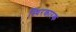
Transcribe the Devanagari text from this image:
स्थिरकारक